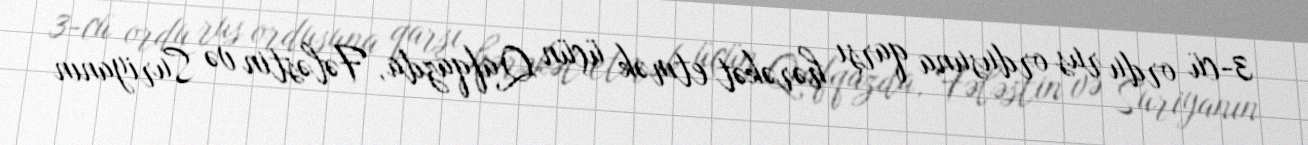
3-cü ordu rus ordusuna qarşı hərəkət etmək üçün Qafqazda, Fələstin və Suriyanın